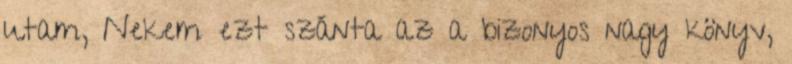
utam, Nekem ezt szánta az a bizonyos nagy könyv,